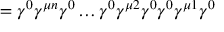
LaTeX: = \gamma ^ { 0 } \gamma ^ { \mu n } \gamma ^ { 0 } \dots \gamma ^ { 0 } \gamma ^ { \mu 2 } \gamma ^ { 0 } \gamma ^ { 0 } \gamma ^ { \mu 1 } \gamma ^ { 0 }